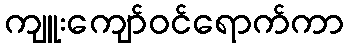
ကျူးကျော်ဝင်ရောက်ကာ